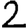
Digit: 2